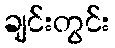
ချင်းတွင်း